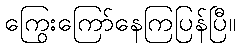
ကြွေးကြော်နေကြပြန်ပြီ။